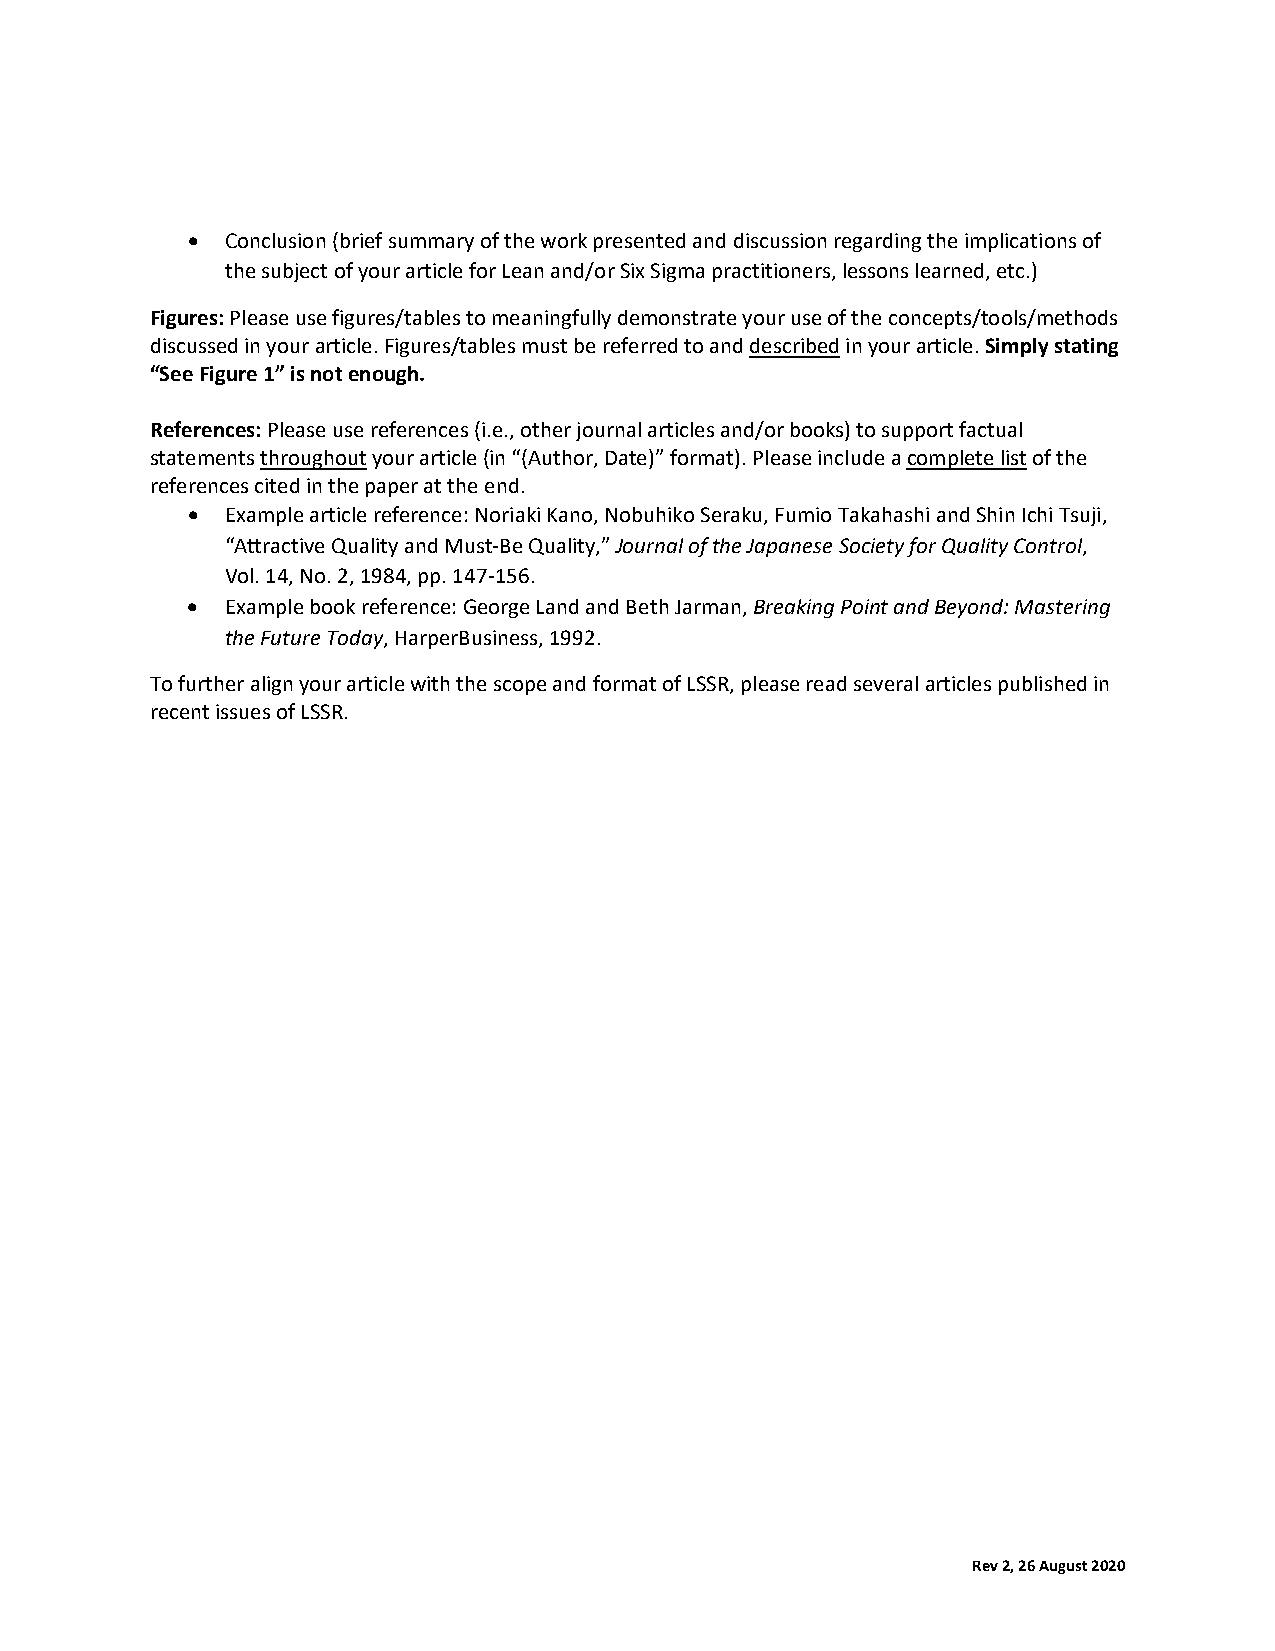
•  Conclusion (brief summary of the work presented and discussion regarding the implications of
 the subject of your article for Lean and/or Six Sigma practitioners, lessons learned, etc.)
 Figures: Please use figures/tables to meaningfully demonstrate your use of the concepts/tools/methods
 discussed in your article. Figures/tables must be referred to and described in your article. Simply stating
 “See Figure 1” is not enough.
 References: Please use references (i.e., other journal articles and/or books) to support factual
 statements throughout your article (in “(Author, Date)” format). Please include a complete list of the
 references cited in the paper at the end.
 •  Example article reference: Noriaki Kano, Nobuhiko Seraku, Fumio Takahashi and Shin Ichi Tsuji,
 “Attractive Quality and Must-Be Quality,” Journal of the Japanese Society for Quality Control,
 Vol. 14, No. 2, 1984, pp. 147-156.
 •  Example book reference: George Land and Beth Jarman, Breaking Point and Beyond: Mastering
 the Future Today, HarperBusiness, 1992.
 To further align your article with the scope and format of LSSR, please read several articles published in
 recent issues of LSSR.
 Rev 2, 26 August 2020